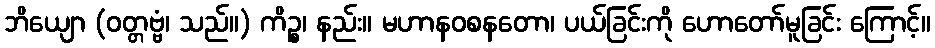
ဘိယျော (ဝတ္တဗ္ဗံ၊ သည်။) ကိဉ္စ၊ နည်း။ မဟာနဝစနတော၊ ပယ်ခြင်းကို ဟောတော်မူခြင်း ကြောင့်။